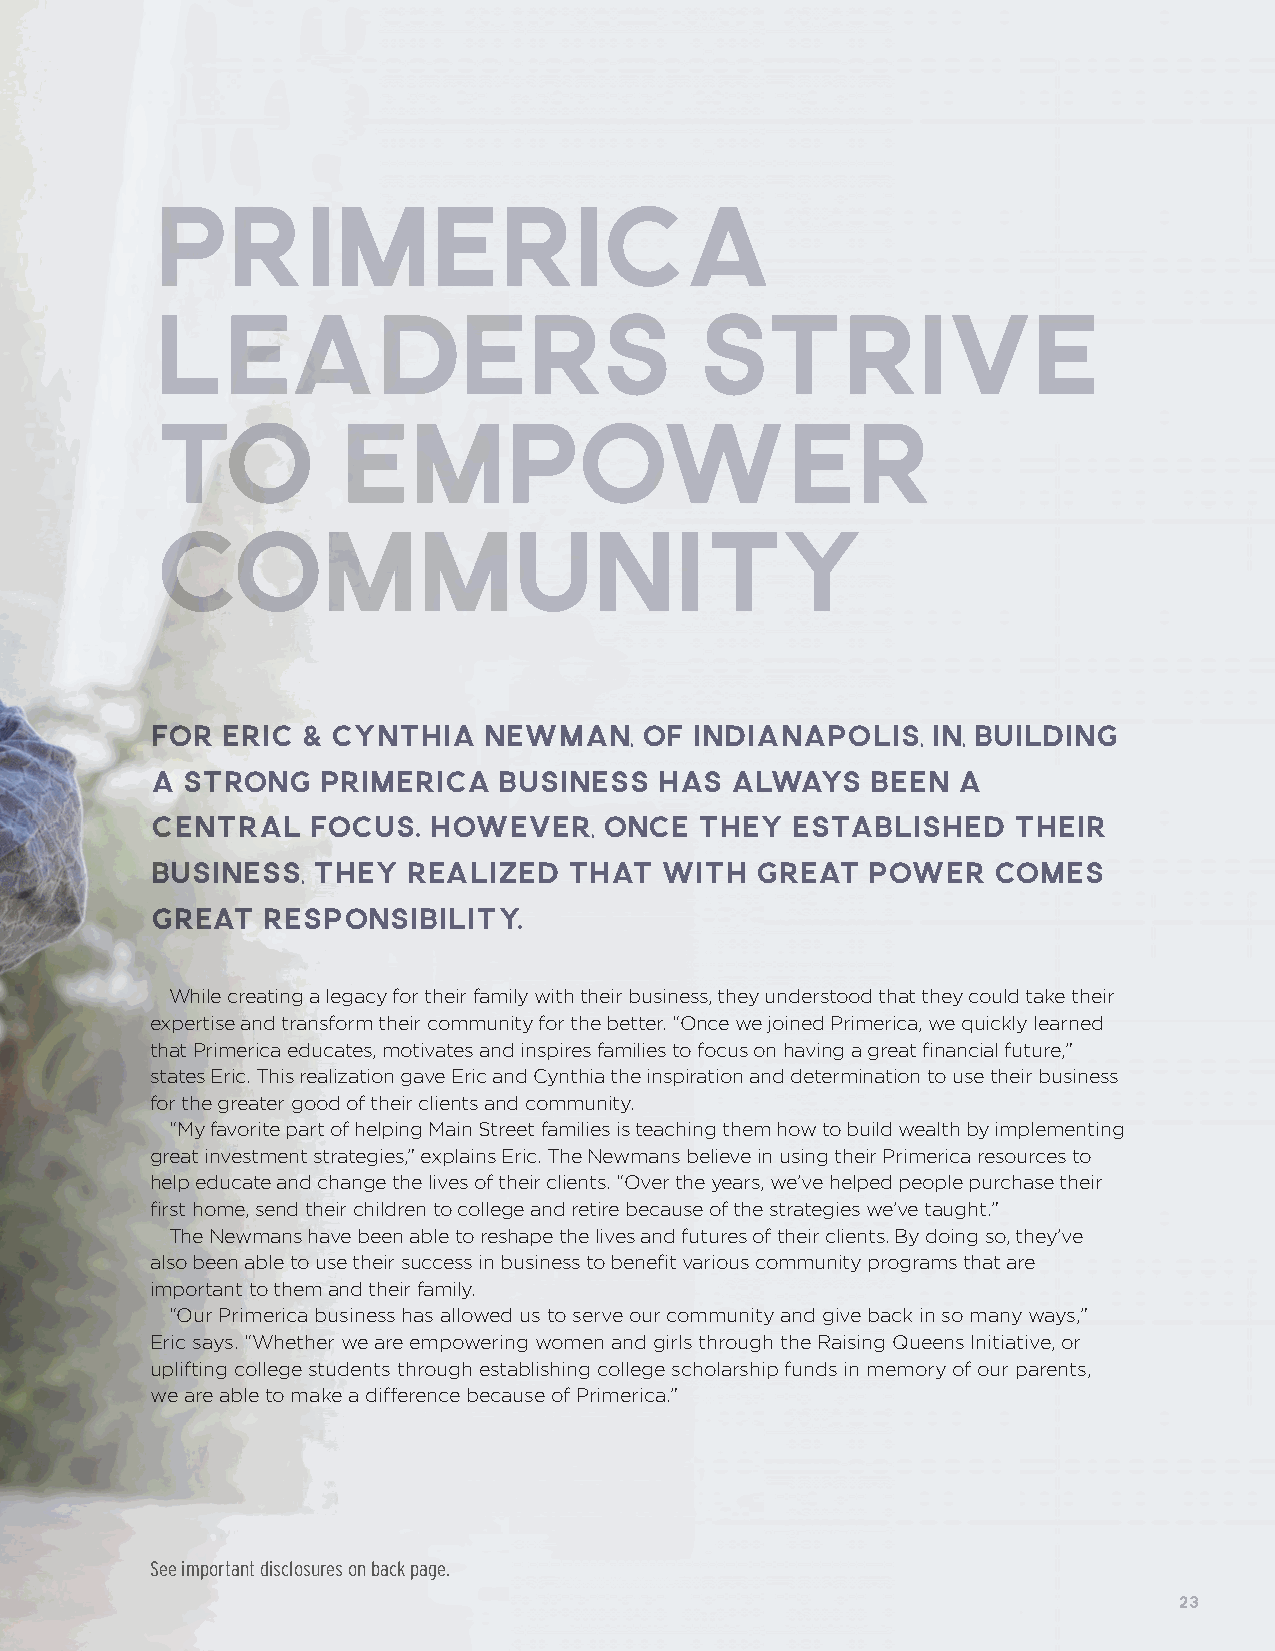
Primerica
 Leaders                             Strive
 to          Empower
 Community
 FOR  ERIC & CYNTHIA   NEWMAN,   OF  INDIANAPOLIS,   IN, BUILDING
 A STRONG   PRIMERICA   BUSINESS   HAS ALWAYS    BEEN A
 CENTRAL   FOCUS.  HOWEVER,    ONCE  THEY  ESTABLISHED    THEIR
 BUSINESS,  THEY  REALIZED   THAT  WITH  GREAT  POWER    COMES
 GREAT  RESPONSIBILITY.
 While creating a legacy for their family with their business, they understood that they could take their
 expertise and transform their community for the better. “Once we joined Primerica, we quickly learned
 that Primerica educates, motivates and inspires families to focus on having a great financial future,”
 states Eric. This realization gave Eric and Cynthia the inspiration and determination to use their business
 for the greater good of their clients and community.
 “My favorite part of helping Main Street families is teaching them how to build wealth by implementing
 great investment strategies,” explains Eric. The Newmans believe in using their Primerica resources to
 help educate and change the lives of their clients. “Over the years, we’ve helped people purchase their
 first home, send their children to college and retire because of the strategies we’ve taught.”
 The Newmans have been able to reshape the lives and futures of their clients. By doing so, they’ve
 also been able to use their success in business to benefit various community programs that are
 important to them and their family.
 “Our Primerica business has allowed us to serve our community and give back in so many ways,”
 Eric says. “Whether we are empowering women and girls through the Raising Queens Initiative, or
 uplifting college students through establishing college scholarship funds in memory of our parents,
 we are able to make a difference because of Primerica.”
 See important disclosures on back page.
 23